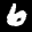
Digit: 6